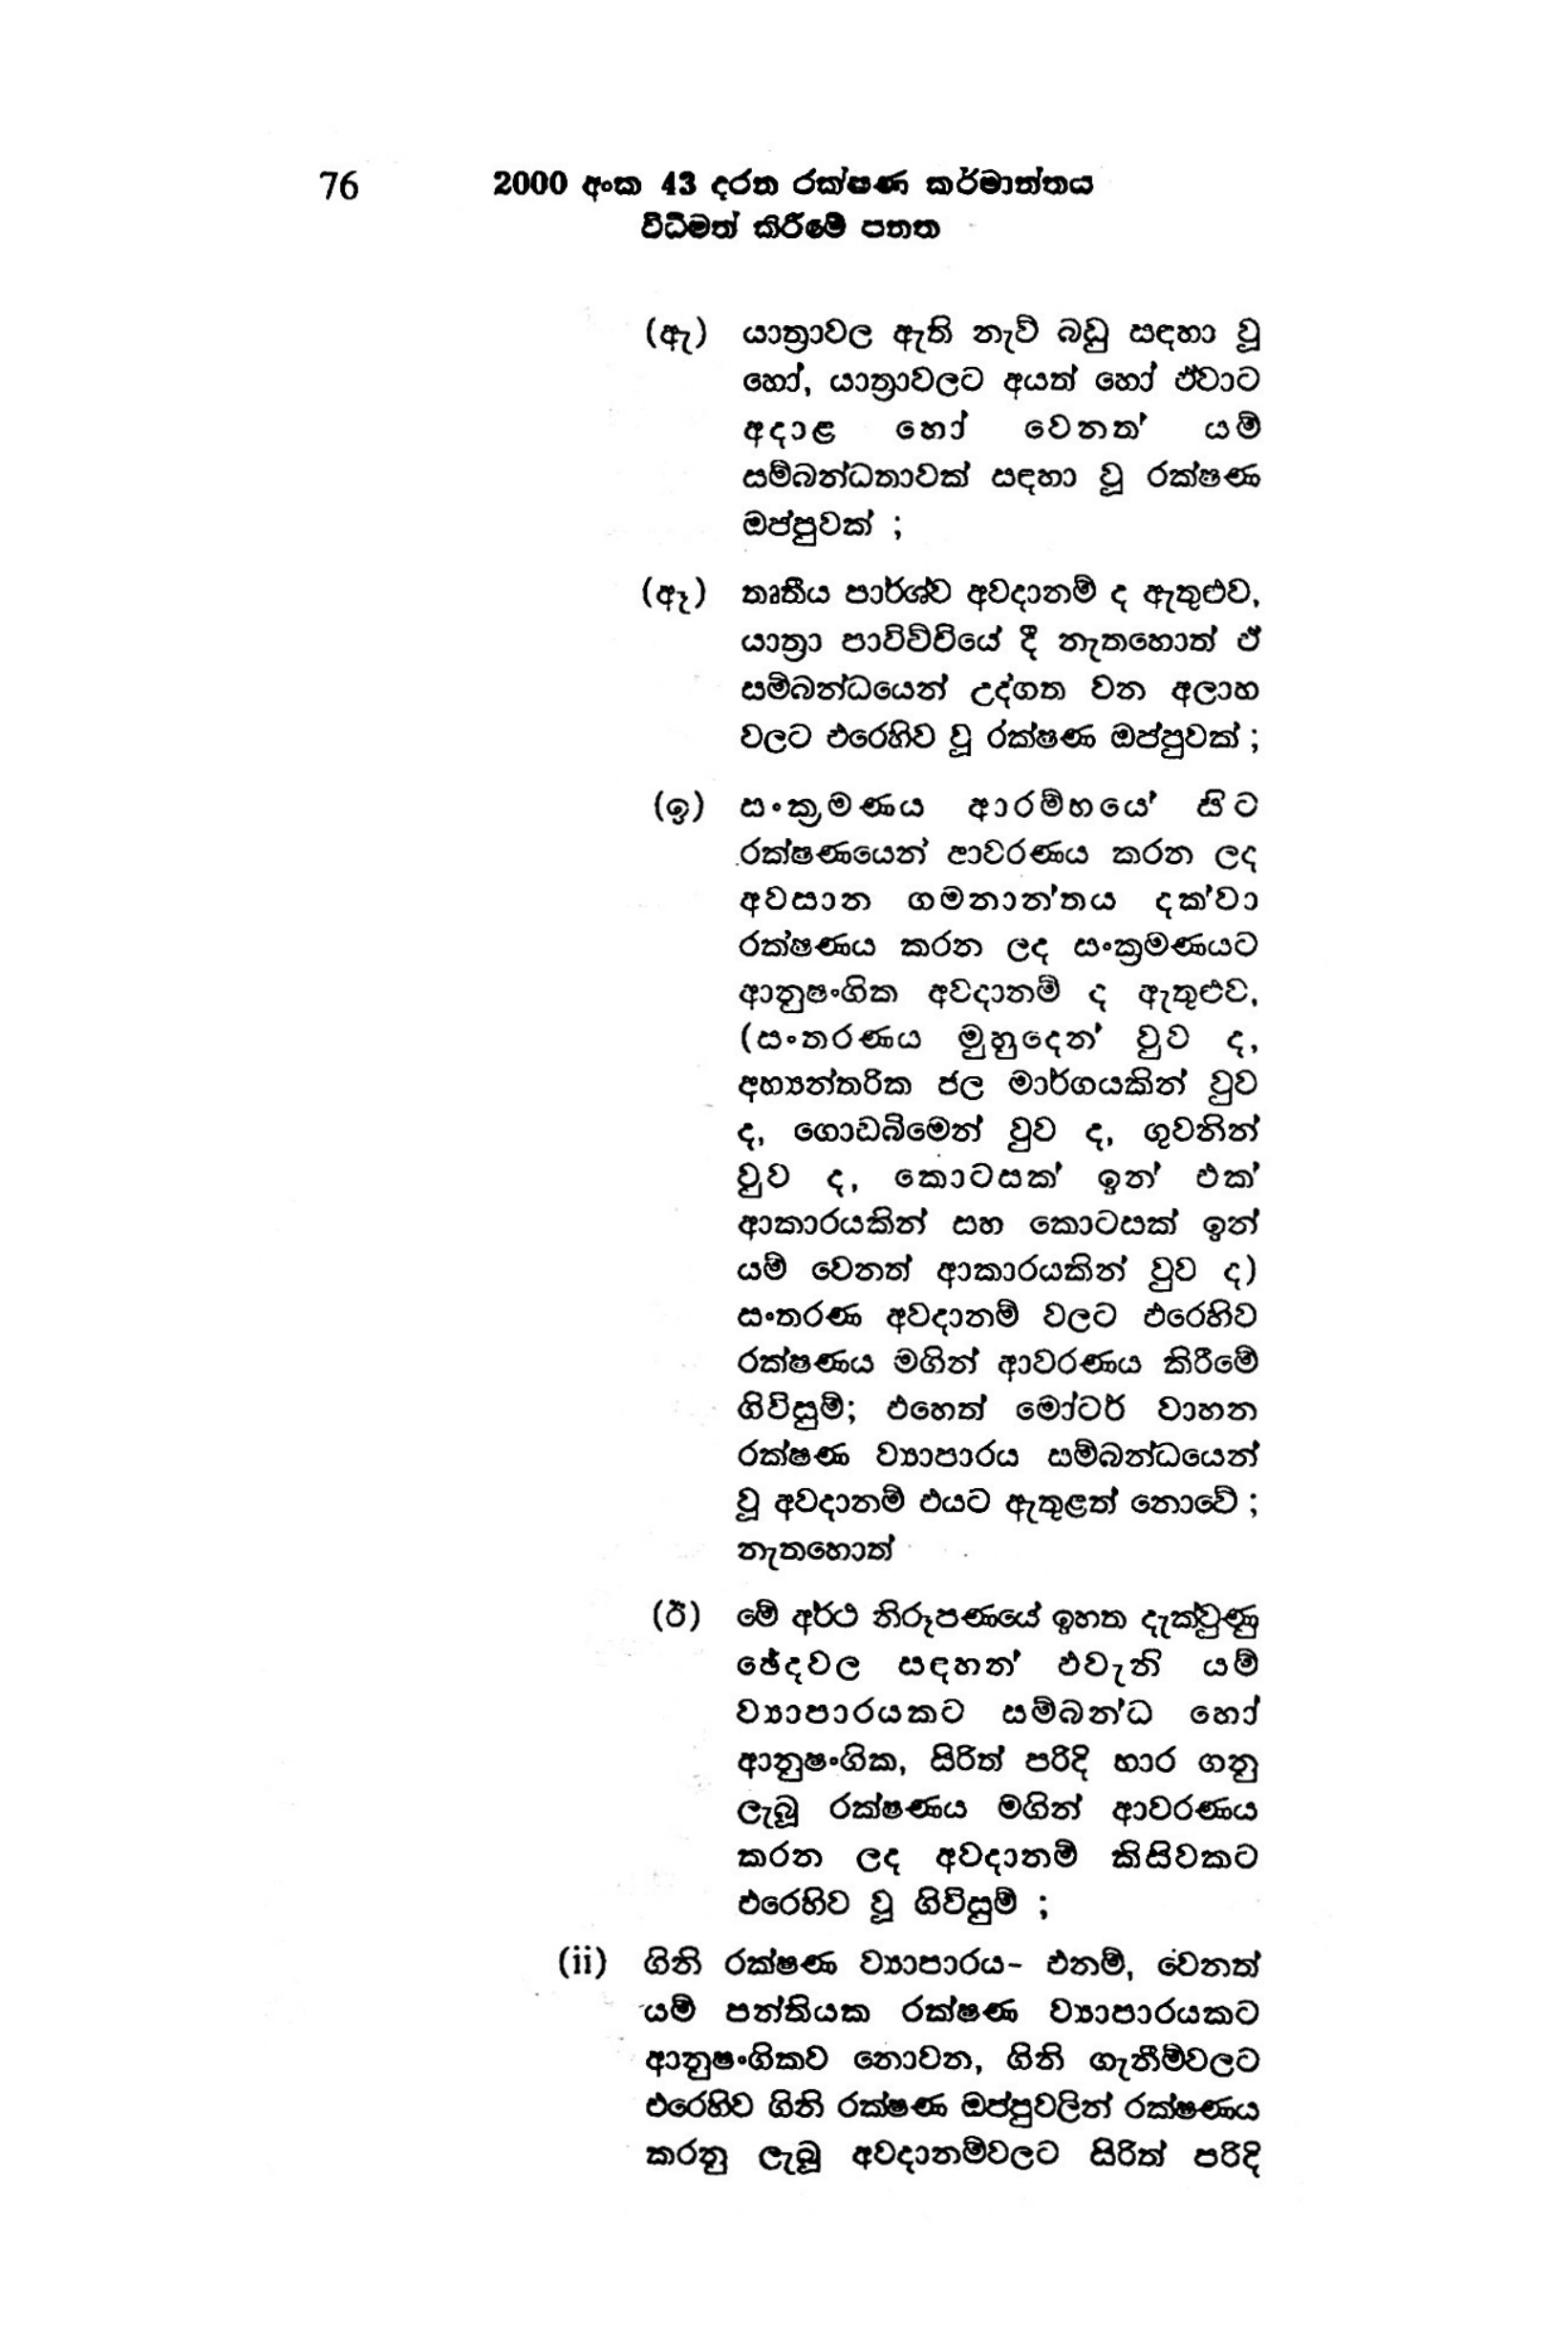
76 2000 අංක 43 දරන රක්ෂණ කර්මාන්තය
විධිමත් කිරීමේ පනත

(ඇ) යාත්‍රාවල ඇති නැව් බඩු සඳහා වූ
හෝ, යාත්‍රාවලට අයත් හෝ ඒවාට
අදාළ හෝ වෙනත යම්
සම්බන්ධතාවක් සඳහා වූ රක්ෂණ
ඔප්පුවක් ;

(ඈ) තෘතීය පාර්ශ්ව අවදානම් ද ඇතුළුව,
යාත්‍රා පාවිච්චියේ දී නැතහොත් ඒ
සම්බන්ධයෙන් උද්ගත වන අලාහ
වලට එරෙහිව වූ රක්ෂණ ඔප්පුවක්;

(ඉ) සංක්‍රමණය ආරම්භය‍ේ සිට
රක්ෂණයෙන් ආවරණය කරන ලද
අවසාන ගමනාන්තය දක්වා
රක්ෂණය කරන ලද සංක්‍රමණයට
ආනුෂංගික අවදානම් ද ඇතුළුව,
(සංතරණය මුහුදෙන් වුව ද,
අභ්‍යන්තරික ජල මාර්ගයකින් වුව
ද, ගොඩබිමෙන් වුව ද, ගුවනින්
වුව ද, කොටසක් ඉන් එක්
ආකාරයකින් සහ කොටසක් ඉන්
යම් වෙනත් ආකාරයකින් වුව ද)
සංතරණ අවදානම් වලට එරෙහිව
රක්ෂණය මගින් ආවරණය කිරීමේ
ගිවිසුම්; එහෙත් මෝටර් වාහන
රක්ෂණ ව්‍යාපාරය සම්බන්ධයෙන්
වූ අවදානම් එයට ඇතුළත් නොවේ;
නැතහොත්

(ඊ) මේ අර්ථ නිරූපණයේ ඉහත දැක්වුණු
ඡේදවල සඳහන් එවැනි යම්
ව්‍යාපාරයකට සම්බන්ධ හෝ
ආනුෂංගික, සිරිත් පරිදි භාර ගනු
ලැබූ රක්ෂණය මගින් ආවරණය
කරන ලද අවදානම් කිසිවකට
එරෙහිව වූ ගිවිසුම් ;

(ii) ගිනි රක්ෂණ ව්‍යාපාරය- එනම්, වෙනත්
යම් පන්තියක රක්ෂණ ව්‍යාපාරයකට
ආනුෂංගිකව නොවන, ගිනි ගැනීම්වලට
එරෙහිව ගිනි රක්ෂණ ඔප්පුවලින් රක්ෂණය
කරනු ලැබූ අවදානම්වලට සිරිත් පරිදි